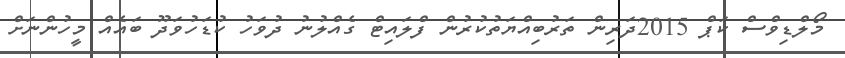
މޯލްޑިވްސް ކަޕް 2015ދަރިން ތަރުބިއްޔަތުކުރުން ފްލައިޓް ގެއްލުނު ދުވަހު ކުޑަހުވަދޫ ބައެއް މީހުންނަށް